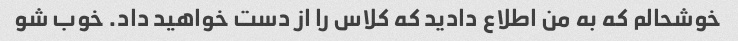
خوشحالم که به من اطلاع دادید که کلاس را از دست خواهید داد. خوب شو